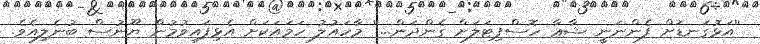
''އަޅުގަނޑަށް ފެންނަނީ ޝާޢާ ހޮސްޕިޓަލަށް ގެންދަން...'' މާހައުލު ހަމައަކަށް އެޅިފައިވުމުން ޔޫނުސް ބުނެލިއެވެ.